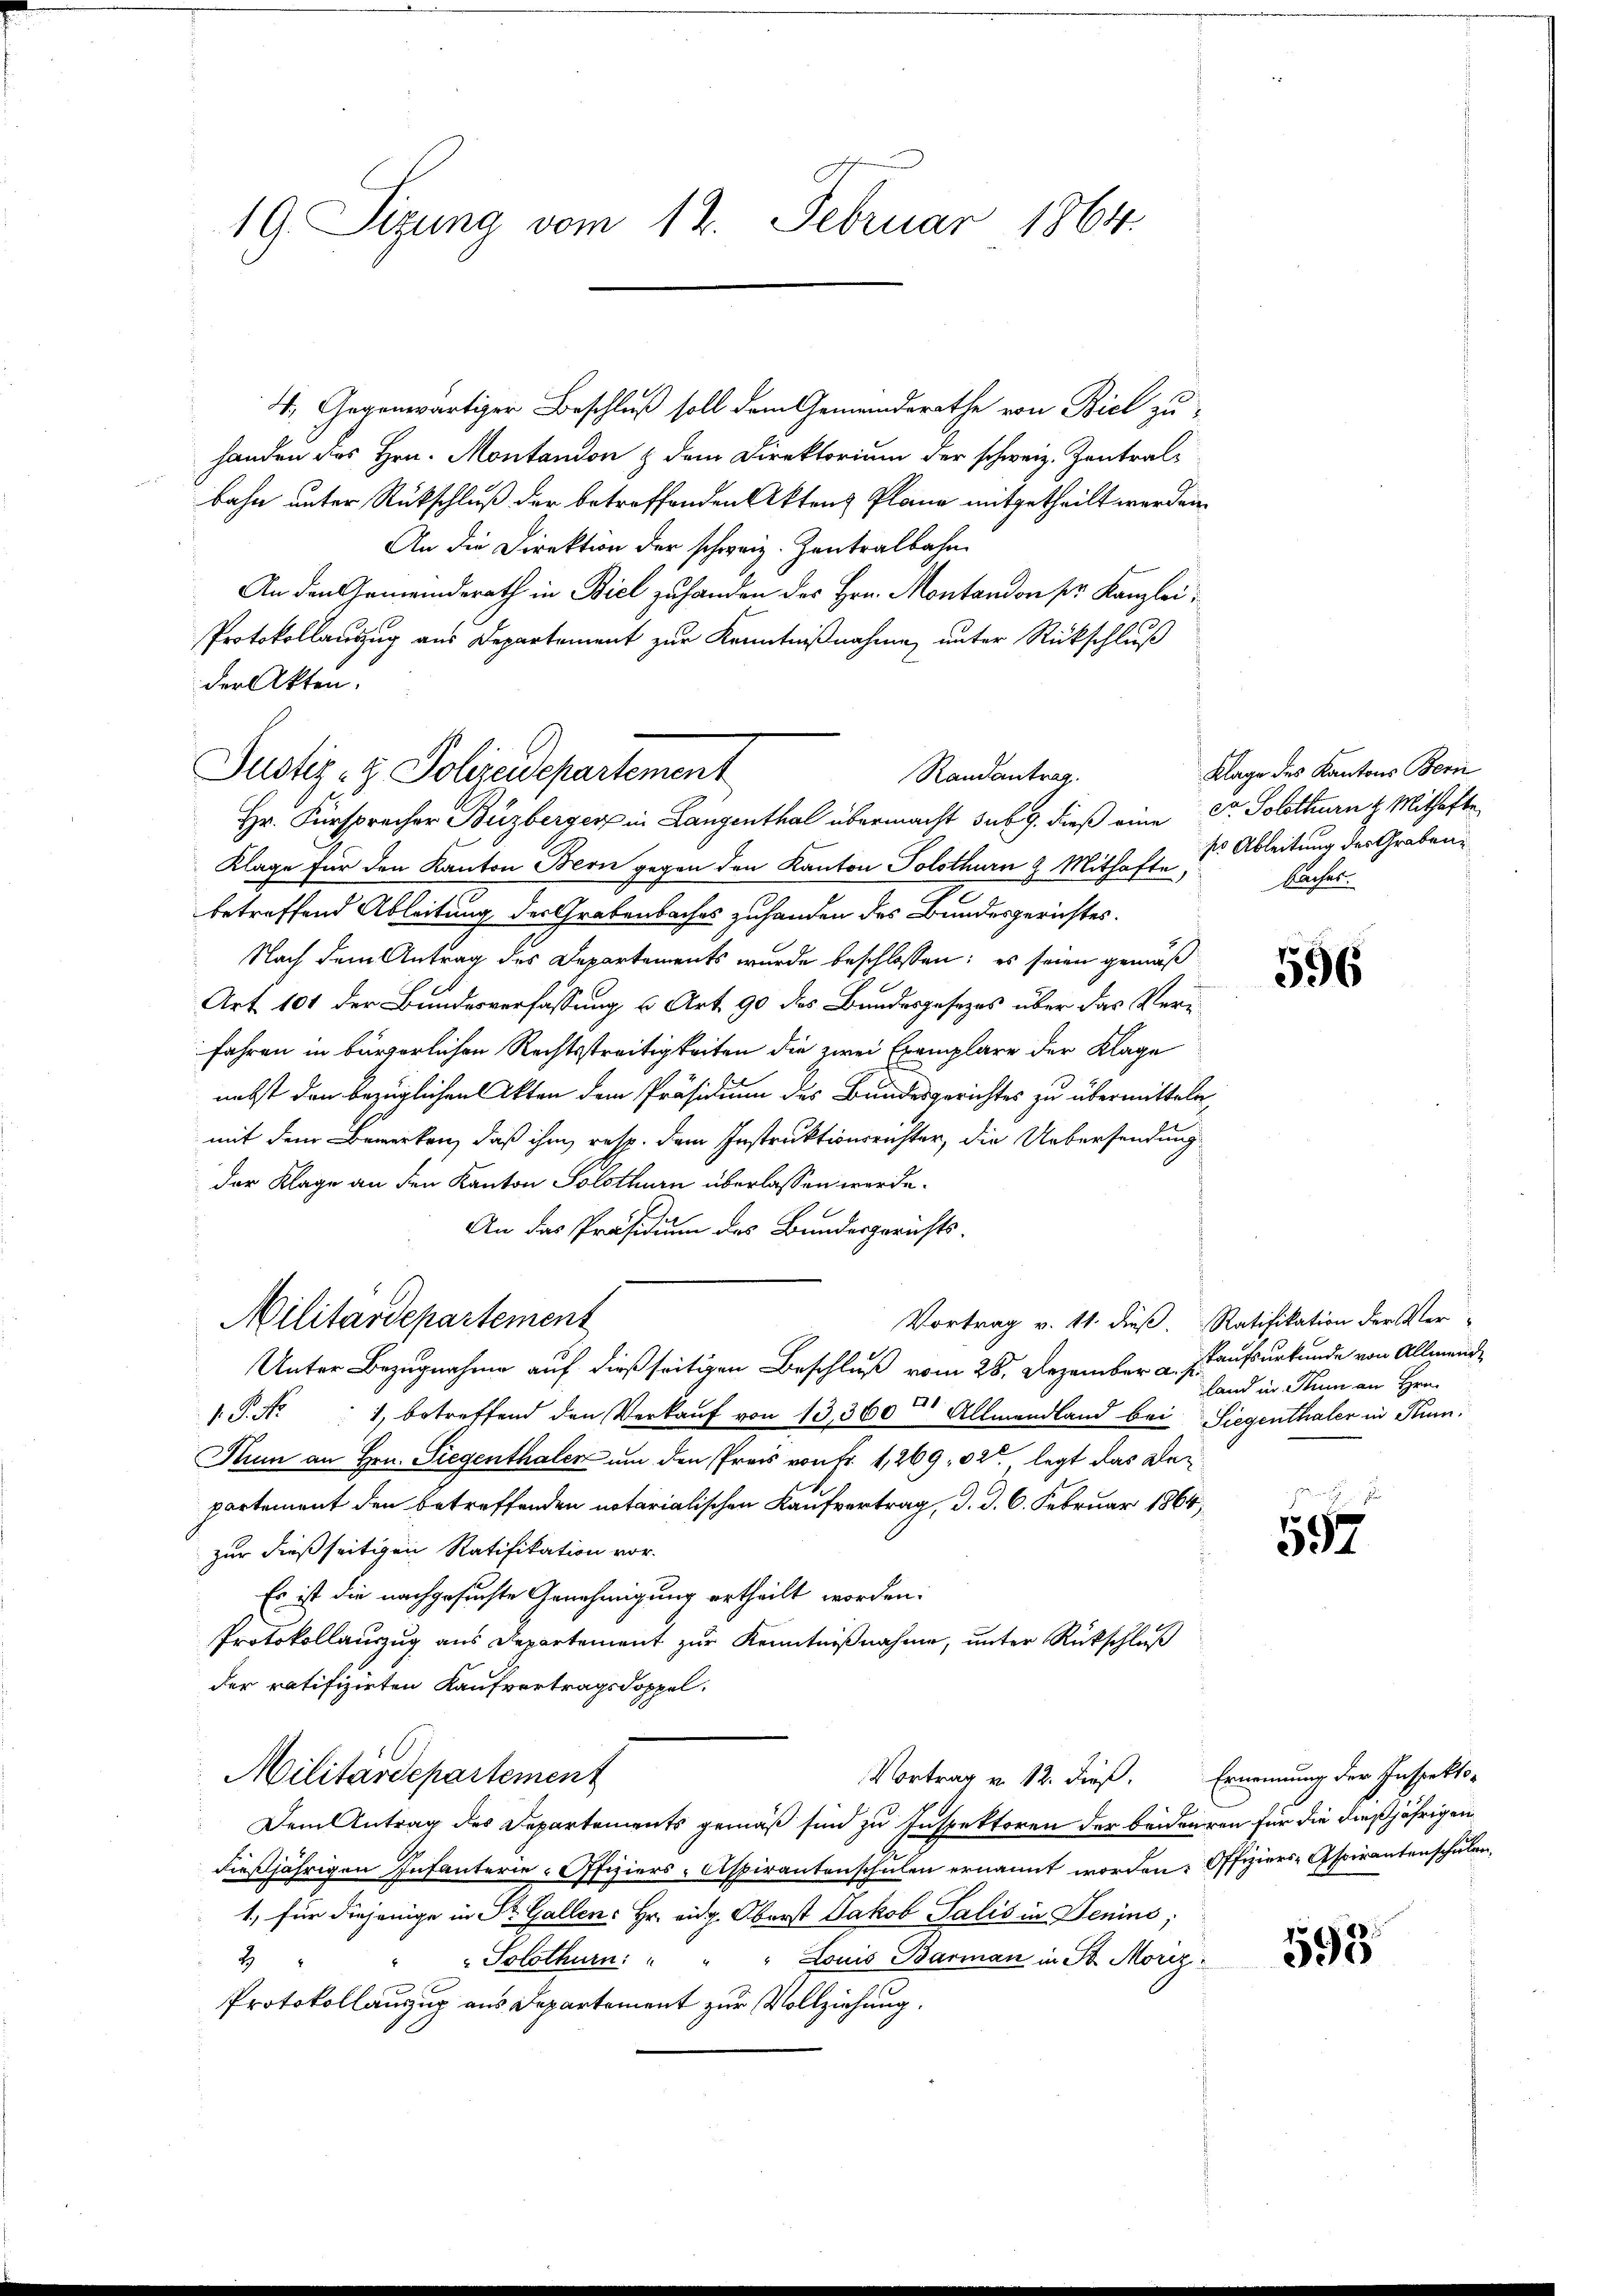
19 Sizung vom 12. Februar 1864.

4. Gegenwärtiger Beschluß soll dem Gemeindsrathe von Biel zu
handen des Hrn. Montandon & dem Direktorium der schweiz. Zentral-
bahn unter Rückschluß der betreffenden Akten Plane mitgetheilt werden.
An die Direktion der schweiz. Zentralbahn
An den Gemeinderath in Biel zu handen des Hrn. Montandon pr. Kanzlei
Protokollauszug aus Departement zur Kenntnißnahme, unter Rückschluß
der Akten.
Hr. Fürsprecher Buzberger in Langenthal übermacht sub 9. dieß eine Dr. Solothurn k. Mithafte
Klage für den Kanton Bern gegen den Kanton Solothurn 8 Mithaft. Ableitung des Grabenbetreffend Ableitung der Grabenbaches zuhanden des Bundesgerichtes.
Nach dem Antrag des Departements wurde beschlossen: es seien gemäß
Art 101 der Bundesverfassung u. Art. 90 des Bundesgesezes über das Verfahren in bürgerlichen Rechtsstreitigkeiten die zwei Exemplare der Klage
nebst den bezüglichen Akten dem Präsidium des Bundesgerichtes zu übermitteln,
mit dem Bemerken, daß ihm resp. dem Instruktionsrichter, die Uebersendung
der Klage an den Kanton Solothurn überlassen werde.
An das Präsidium des Bundesgerichts¬
Militärdepartement
Vortrag v. 11. dieß. Ratifikation der Ver-
Unter Bezugnahme auf dießseitigen Beschluß vom 28. Dezember a. p.
.P. Nr. 1, betreffend den Verkaŭf von 13, 360 Allmendland bei Siegenthaler in Rum.
Num an Hrn. Siegenthaler um den Preis von Fr. 1,269. 12te legt das Bepartement den betreffenden notarialischen Kaufvertrag, d. d. 6. Februar 1864,
zur dießseitigen Ratifikation vor.
Es ist die nachgesuchte Genehmigung ertheilt worden.
Protokollauszug aus Departement zur Kenntnißnahme, unter Rückschluß
der ratifizielen Kaufvertragsdoppel.
Vortrag v. 12. dieß. Ernennung der Inspekto-
Militärdepartement
Dem Antrag des Departements gemäß sind zu Inspektoren der beidenren für die dießjährigen
dießjährigen Infanterie-Offiziers- Aspirantenschulen ernannt worden. Offiziers-Aspirantenschulen,
1, für diejenige in Dr. Gallen: Hr. eidg. Oberst Jakob Salis in Denins;
2
Solothurn: " " " Louis Barman in St. Moriz
Protokollanzug aus Departement zur Vollziehung.

Justiz- & Polizeidepartement

Randantrag.

Klage des Kantons Bern
baches.

596

kaufsurkunde von Allmende
land in Stum an Hrn.

557

593